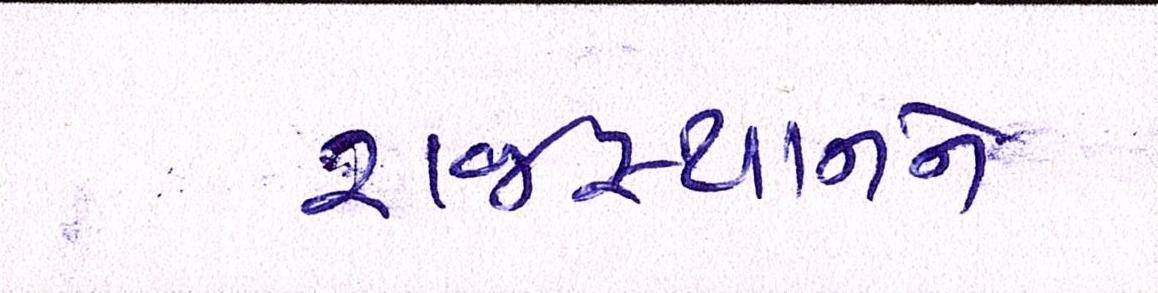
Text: રાજસ્થાનને